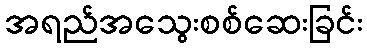
အရည်အသွေးစစ်ဆေးခြင်း